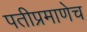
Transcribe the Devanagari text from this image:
पतीप्रमाणेच